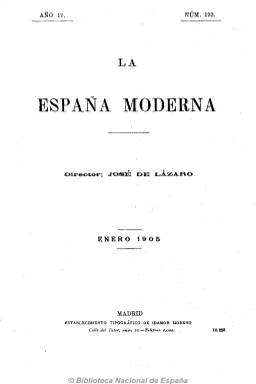
Título: La España moderna (Madrid)
Colección: Literatura || Historia
Ámbito geográfico: Madrid
Lugar de publicación: Madrid
Fechas: 01/01/1889-31/12/1914

Una de las más prestigiosas revistas culturales españolas de entre siglos -junto a la conservadora Revista contemporánea (1875-1907)-, de carácter intelectual, científico y literario, fundada y dirigida por el jurisconsulto, escritor, catedrático de Historia del Arte y banquero José Lázaro Galdiano (1862-1947). Como mecenas y propietario, su labor editorial se amplió también con la fundación de otras publicaciones periódicas, como La nueva ciencia jurídica (1892), Revista internacional (1894) y Revista de Derecho y de Sociología (1895). Comienza a publicar La España moderna en enero de 1889, con periodicidad mensual, impresa en buen papel y en formato pequeño (8º), en entregas que superan las doscientas páginas, compuestas a una columna, y dejará de hacerlo con su número 312, de diciembre de 1914. Lázaro Galdiano pretendió que su revista fuese “para nuestra patria” lo que era para Francia la Revue des Deux Mondes (1829): “una suma intelectual de la edad contemporánea, sin perder por ello, antes cultivándolo y extremando hasta donde razonablemente quepa el carácter castizo y nacional”.

Según Gómez Aparicio (1974) careció siempre de un ideario político concreto y Seoane (1983) y Saiz (1996), además de motejarla de ser una revista de “gran cultura”, destaca también su carácter ecléctico en lo ideológico y político, así como heterogéneo o enciclopédico por sus variados contenidos. Por su parte, Celma Valero (1991) señala que “fue la revista española que más se aproximaba por su calidad y por su contenido a las mejores revistas culturales europeas del momento”, pretendiendo ser una publicación seria, objetiva, intelectualista y divulgativa, sin especialización en materia concreta y “respetada por todos”.

Publica artículos, estudios o ensayos sobre una gran variedad de materias: historia, historia y crítica literaria, lingüística, derecho, economía, sociología, psicología, antropología criminal o arte, y sobre asuntos sociales, feminismo, universidad, seguridad social, vivienda y militares. Además de una serie de secciones fijas firmadas por especialistas, como la bibliográfica o la de crítica literaria, publica crónicas y textos de creación literaria en prosa (relatos o novelas cortas) y en verso, y dará asimismo a conocer por primera vez en español textos literarios de autores extranjeros como Dostoievsky, Tolstói, Balzac, Daudet, Flaubert, Gorki, Turgénev, Ibsen, Wilde o Zola.

Su propietario congregó en sus páginas –mediante contrato- a prestigiosos y cualificados escritores y estudiosos de la época vinculados a la generación del 98. Ha sido destacada la gran influencia que tuvo Emilia Pardo Bazán (1851-1921) y Emilio Castelar (1832-1899) en la concepción de la revista, y ambos fueron asiduos colaboradores de la misma, la primera a través de textos de creación literaria o estudios sociales, el segundo a través de unas “Crónicas de actualidad internacional”, que publicó entre 1890 y 1898; pero también fue colaborador asiduo Marcelino Menéndez Pelayo (1852-1912), y Antonio Cánovas del Castillo (1828-1897) publicará una serie de estudios bajo el epígrafe “Problemas contemporáneos”. Miguel de Unamuno (1854-1935), que comienza a colaborar en 1894, publicará asimismo la colección de ensayos “En torno al casticismo” (1895) y “Del sentimiento trágico de la vida” (1911).

Su vocación americanista hizo que desde su número 7 (1899) hasta el 61 (1894) adoptara el subtítulo de “revista ibero-americana”. Entre 1890 y 1892 publicará una Sección ultramarina, sustituida por la titulada con el epígrafe Revista hispanoamericana, que el historiador Juan Pérez de Guzmán (1841-1923) firma con el seudónimo Iob, que a su vez será reemplazada por la sección Lecturas hispanoamericanas, firmada bajo el seudónimo Hispanus. En cuanto a la creación poética, a partir de 1889, la sección Poetas americanos ofrecerá textos en verso, entre otros, de Rubén Darío (1867-1916), que se sumarán a los abundantes que publican vates españoles. También, entre 1899 y 1890, Ramón de Campoamor (1817-1901) y Juan Valera (1824-1905) mantuvieron en sus páginas una interesante polémica en torno a la estética poética.

Respecto a la práctica de la crítica literaria, Leopoldo Alas Clarín (1852-1901) será el primero en ejercerla en sus páginas en la sección Revista literaria. También, entre 1891 y 1894, Juan Martínez Villergas (1816-1894) fue el autor de una sección de este carácter bajo el título Impresiones literarias. Pero será a partir de 1895 cuando Eduardo Gómez Baquero (1866-1929) ofrezca un excepcional diagnóstico de la literatura finisecular en la sección Crónica literaria. A ello se sumará la sección Notas bibliográficas (con breves comentarios), firmada por Adolfo González Posada (1860-1944) y Pedro Dorado Montero (1861-1919). Éste último considerado el innovador en España de la criminalística, firmará también trabajos sobre esta materia. Además, desde 1898, Fernando Araujo Gómez (1857-1915) se encargará de la sección Revista de revistas.

Urbano González Serrano (1848-1904) publica algunos artículos sobre filosofía, mientras que los estudios históricos serán firmados por Ángel Lasso de la Vega (1831-1899), Juan Pérez de Guzmán (1841-1923) o Rafael Altamira (1866-1951). Otros colaboradores fueron Adolfo de Castro (1823-1898), Teodoro Llorente (1836-1911) o Augusto Martínez Olmedilla (1880-1965), entre otros muchos. También tendrá una sección con el título Revista económica.

En cuanto a los textos de creación narrativa aparecen los firmados por José Echegaray (1832-1916), Eugenio Sellés (1842-1926) o Benito Pérez Galdós (1843-1920), y aunque se ha dicho que no dio pie a la nueva hornada de escritores españoles, Jacinto Benavente (1866-1954), Ramiro de Maeztu (1874-1936), Ramón Pérez de Ayala (1880-1962) o José Martínez Ruiz (1873-1967) -que ofrece los dos primeros capítulos de La voluntad en 1902, antes de ser Azorín- llegan a publicar en sus páginas, aunque fuera una sola vez.

Según la estadística oficial de 1913, la revista tenía una tirada ordinaria en torno al millar de ejemplares para unos 416 suscriptores españoles y otros 507 extranjeros, entre hispanoamericanos y europeos, y según Seoane y Saiz (1996), la pérdida de estos lectores al comienzo de la primera guerra mundial pudo obligar al cierre de esta publicación. Antonio Maestre y Alonso publicó unos índices sistemático y alfabético de autores de sus primeros cien números (1889-1897), pero fue el miembro del Cuerpo de Archiveros, Bibliotecarios y Arqueólogos Román Gómez Villafranca el autor de otro índice de materias y autores (al que aplicó el sistema de Clasificación Bibliográfica Decimal, con divisiones y subdivisiones), que abarca desde su primer número al 264, de diciembre de 1910, y que está integrado al comienzo de la colección digitalizada de la revista. Además de los autores señalados, destaca como bibliografía de referencia de este título y la labor editora y periodística de Lázaro Galdiano el trabajo publicado en 1969 por Luis Sánchez Granjel, la tesis doctoral de Raquel Asún Escartín, de 1979, así como su obra editada en 1980 y su trabajo publicado en Archivum (1981-1982), y los posteriores de 2012 de María de los Ángeles Ayala y Javier Ramos Altamira o Rhian Davies, entre otros.

Algunas imágenes cedidas por TECNODOC.